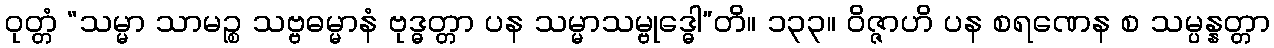
ဝုတ္တံ “သမ္မာ သာမဉ္စ သဗ္ဗဓမ္မာနံ ဗုဒ္ဓတ္တာ ပန သမ္မာသမ္ဗုဒ္ဓေါ”တိ။ ၁၃၃။ ဝိဇ္ဇာဟိ ပန စရဏေန စ သမ္ပန္နတ္တာ